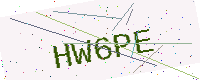
Text: HW6PE